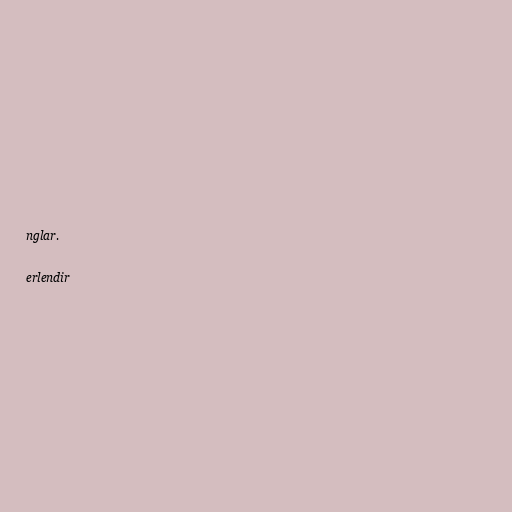
nglar.

erlendir